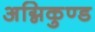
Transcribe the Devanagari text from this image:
अग्निकुण्ड